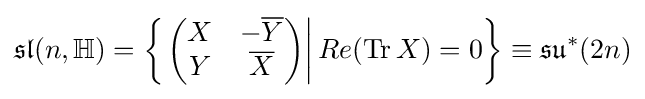
{\mathfrak {sl}}(n,\mathbb {H} )=\left\{\left.\left({\begin{matrix}X&-{\overline {Y}}\\Y&{\overline {X}}\end{matrix}}\right)\right|Re(\operatorname {Tr} X)=0\right\}\equiv {\mathfrak {su}}^{*}(2n)